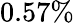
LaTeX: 0.57\%